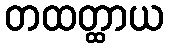
တထတ္ထာယ